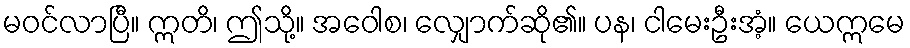
မဝင်လာပြီ။ ဣတိ၊ ဤသို့။ အဝေါစ၊ လျှောက်ဆို၏။ ပန၊ ငါမေးဦးအံ့။ ယေဣမေ